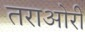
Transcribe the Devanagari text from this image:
तराओरी